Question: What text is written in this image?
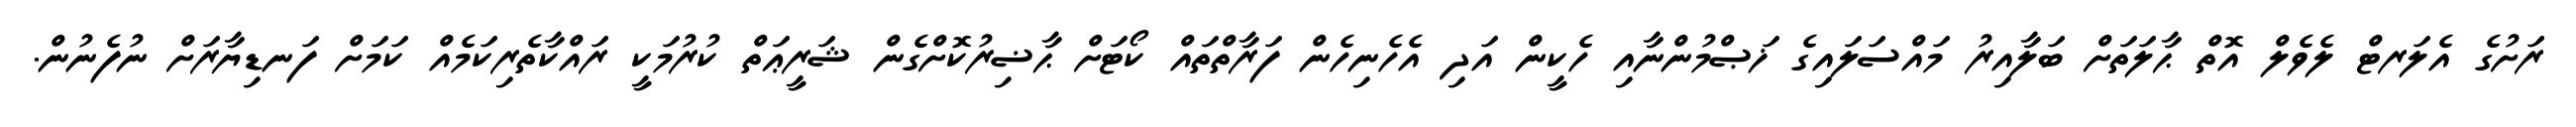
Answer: ރަށުގެ އެލަރޓް ލެވެލް އޮތް ޙާލަތަށް ބަލާއިރު މައްސަލައިގެ ޚަޞްމުންނާއި ހެކީން އަދި އެހެނިހެން ފަރާތްތައް ކޯޓަށް ޙާޟިރުކޮށްގެން ޝަރީޢަތް ކުރުމަކީ ރައްކާތެރިކަމެއް ކަމަށް ފަނޑިޔާރަށް ނުފެނުން.